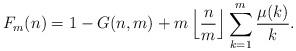
LaTeX: \begin{align*}F_m(n) = 1 - G(n,m) + m \left \lfloor \frac{n}{m} \right \rfloor \sum_{k=1}^m \frac{\mu(k)}{k}.\end{align*}